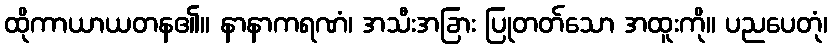
ထိုကာယာယတန၏။ နာနာကရဏံ၊ အသီးအခြား ပြုတတ်သော အထူးကို။ ပညပေတုံ၊